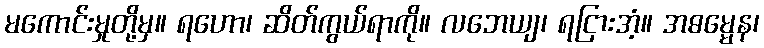
မကောင်းမှုတို့မှ။ ရဟော၊ ဆိတ်ကွယ်ရာကို။ လဘေယျ၊ ရငြားအံ့။ အဓမ္မေန၊